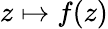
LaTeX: z\mapsto f(z)